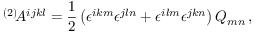
{ } ^ { ( 2 ) } \! A ^ { i j k l } = \frac 1 2 \left( \epsilon ^ { i k m } \epsilon ^ { j l n } + \epsilon ^ { i l m } \epsilon ^ { j k n } \right) Q _ { m n } \, ,